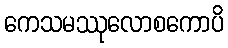
ကေသမဿုလောစကောပိ